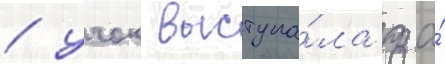
/ учок выступа́ла за́